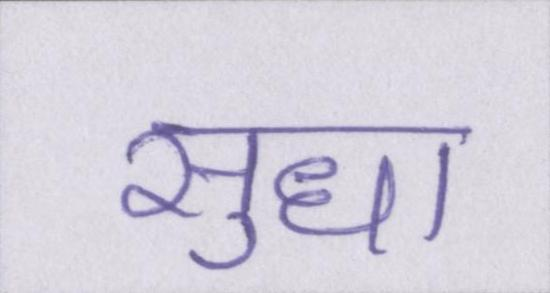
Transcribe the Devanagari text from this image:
सुधा